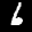
Label: 6